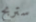
ستربح